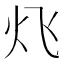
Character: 𮳛